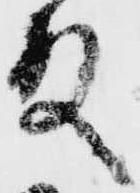
殿